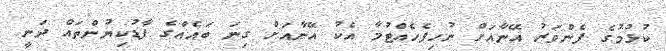
ކުޅުމުގެ ފެންވަރު އޭނާއަށް ނުހިފެހެއްޓުމާ އެކު އޭނާއަށް ގިނަ ބައެއްގެ ފާޑުކިޔުންތައް ދަނީ